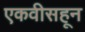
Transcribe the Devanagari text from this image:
एकवीसहून